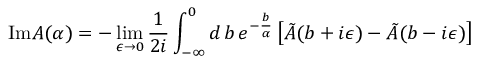
\mathrm { I m } A ( \alpha ) = - \operatorname * { l i m } _ { \epsilon \rightarrow 0 } \frac { 1 } { 2 i } \int _ { - \infty } ^ { 0 } d \, b \, e ^ { - \frac { b } { \alpha } } \left[ \tilde { A } ( b + i \epsilon ) - \tilde { A } ( b - i \epsilon ) \right]